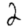
Digit: 2